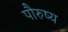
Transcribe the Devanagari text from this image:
पौरुष्य